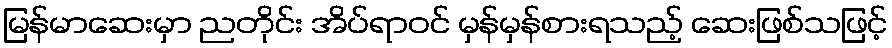
မြန်မာဆေးမှာ ညတိုင်း အိပ်ရာဝင် မှန်မှန်စားရသည့် ဆေးဖြစ်သဖြင့်